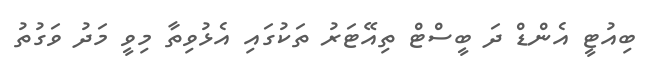
ބިއުޓީ އެންޑް ދަ ބީސްޓް ތިއޭޓަރު ތަކުގައި އެޅުވިތާ މިވީ މަދު ވަގުތު